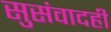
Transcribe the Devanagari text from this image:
सुसंवादही